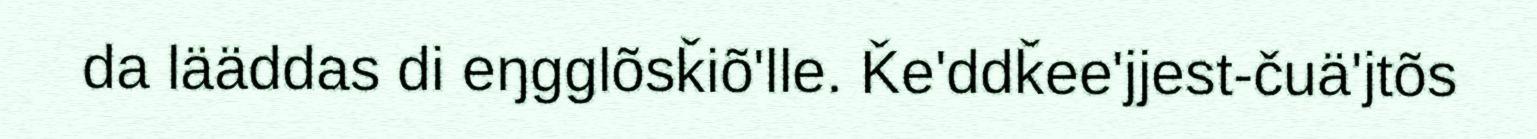
da lääddas di eŋgglõsǩiõ'lle. Ǩe'ddǩee'jjest-čuä'jtõs